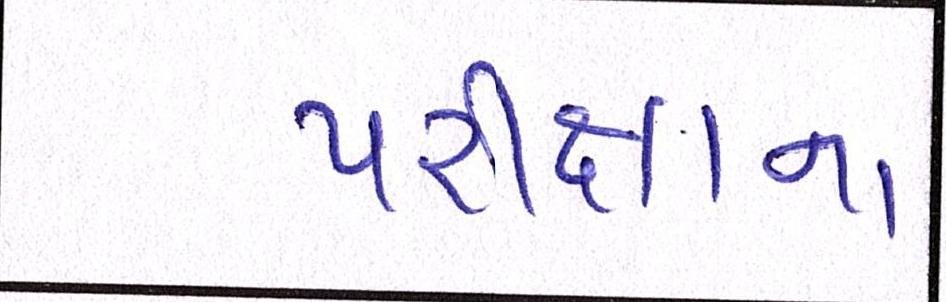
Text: પરીક્ષાના